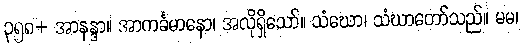
၃၅၈+ အာနန္ဒာ။ အာကင်္ခမာနော၊ အလိုရှိသော်။ သံဃော၊ သံဃာတော်သည်။ မမ၊